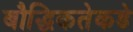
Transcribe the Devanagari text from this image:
बौद्धिकतेकडे